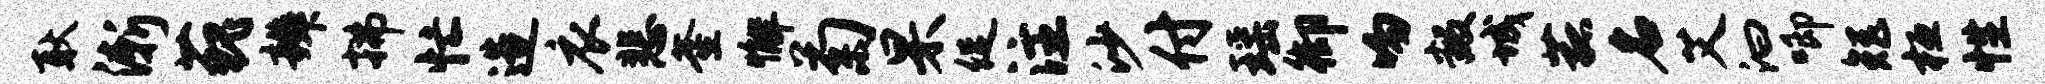
耿渐藐辨拂忙造衣悲釜懈菊杲促注沙付瑶御吻叛城菰名艾汩唧矩桓性